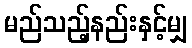
မည်သည့်နည်းနှင့်မျှ